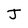
Character: J